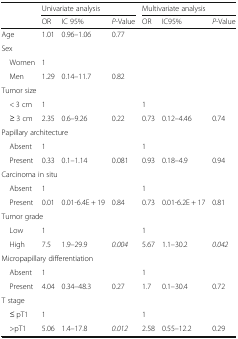
| <ROWSPAN=2>  | <COLSPAN=3> Univariate analysis | <COLSPAN=3> Multivariate analysis |
 | OR | IC 95% | P-Value | OR | IC95% | P-Value |
 | --- | --- | --- | --- | --- | --- | --- |
 | Age | 1.01 | 0.96–1.06 | 0.77 |  |  |  |
 | <COLSPAN=7> Sex |
 | Women | 1 |  |  |  |  |  |
 | Men | 1.29 | 0.14–11.7 | 0.82 |  |  |  |
 | <COLSPAN=7> Tumor size |
 | < 3 cm | 1 |  |  | 1 |  |  |
 | ≥ 3 cm | 2.35 | 0.6–9.26 | 0.22 | 0.73 | 0.12–4.46 | 0.74 |
 | <COLSPAN=7> Papillary architecture |
 | Absent | 1 |  |  | 1 |  |  |
 | Present | 0.33 | 0.1–1.14 | 0.081 | 0.93 | 0.18–4.9 | 0.94 |
 | <COLSPAN=7> Carcinoma in situ |
 | Absent | 1 |  |  | 1 |  |  |
 | Present | 0.01 | 0.01-6.4E + 19 | 0.84 | 0.73 | 0.01-6.2E + 17 | 0.81 |
 | <COLSPAN=7> Tumor grade |
 | Low | 1 |  |  | 1 |  |  |
 | High | 7.5 | 1.9–29.9 | 0.004 | 5.67 | 1.1–30.2 | 0.042 |
 | <COLSPAN=7> Micropapillary differentiation |
 | Absent | 1 |  |  | 1 |  |  |
 | Present | 4.04 | 0.34–48.3 | 0.27 | 1.7 | 0.1–30.4 | 0.72 |
 | <COLSPAN=7> T stage |
 | ≤ pT1 | 1 |  |  | 1 |  |  |
 | >pT1 | 5.06 | 1.4–17.8 | 0.012 | 2.58 | 0.55–12.2 | 0.29 |